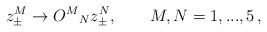
LaTeX: \begin{align*}z_{\pm}^{M} \rightarrow O^M{}_N z_{\pm}^{N}, \qquad M,N=1,...,5 \, , \end{align*}